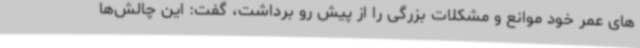
های عمر خود موانع و مشکلات بزرگی را از پیش رو برداشت، گفت: این چالش‌ها